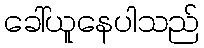
ခေါ်ယူနေပါသည်